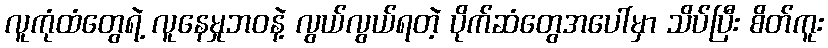
လူကုံထံတွေရဲ့ လူနေမှုဘဝနဲ့ လွယ်လွယ်ရတဲ့ ပိုက်ဆံတွေအပေါ်မှာ သိပ်ပြီး စိတ်ကူး